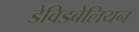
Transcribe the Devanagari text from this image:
डेविडबेलियन